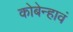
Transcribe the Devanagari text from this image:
कोबेन्हावं